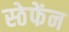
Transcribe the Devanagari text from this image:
स्ठेफेंन